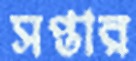
সপ্তার